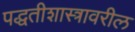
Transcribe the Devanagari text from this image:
पद्धतीशास्त्रावरील